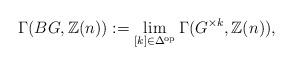
LaTeX: \begin{align*}\Gamma(BG, \mathbb Z(n)) := \lim_{[k]\in \Delta^{\mathrm{op}}} \Gamma(G^{\times k}, \mathbb Z(n)),\end{align*}